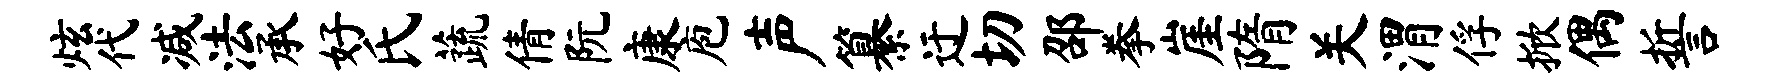
炫代减法承好氏蔬倩阮康庖声纂迂切邵拳崖隋关渭俘掀偶誓